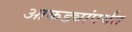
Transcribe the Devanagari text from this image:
आकड्यांपर्यंत